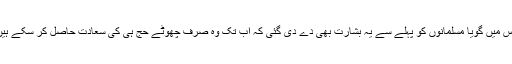
اس نسبت سے پورے حج کے لیے ’حج اکبر‘ (بڑا حج) کا لفظ استعمال ہوا جس میں گویا مسلمانوں کو پہلے سے یہ بشارت بھی دے دی گئی کہ اب تک وہ صرف چھوٹے حج ہی کی سعادت حاصل کر سکے ہیں، آگے ان کو بڑے حج سے بھی سعادت اندوز ہونے کا موقع ملنے والا ہے۔